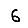
Digit: 6